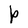
Character: P